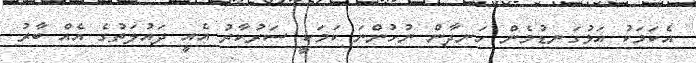
އެކަމަކު އަޅުގަނޑުމެން ހަނދާން ނުހުންނަ ކަމަކީ ސަރުކާރު އެއީ ދައުލަތުގެ އެއް ބާރު